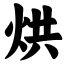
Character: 烘